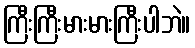
ကြီးကြီးမားမားကြီးပါဘဲ။